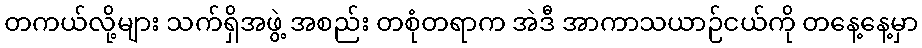
တကယ်လို့များ သက်ရှိအဖွဲ့ အစည်း တစုံတရာက အဲဒီ အာကာသယာဉ်ငယ်ကို တနေ့နေ့မှာ